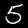
Digit: 5